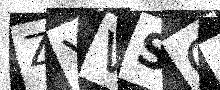
Text: ZYVSQ0